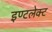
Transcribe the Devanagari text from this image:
इण्टलेक्ट